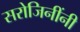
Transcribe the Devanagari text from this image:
सरोजिनींनी